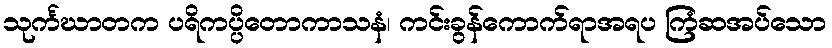
သုင်္ကဃာတက ပရိကပ္ပိတောကာသနံ၊ ကင်းခွန်ကောက်ရာအရပ ကြံဆအပ်သော